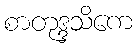
စာတုဒ္ဒသိကေ